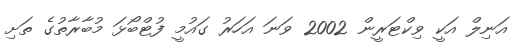
އަނިލް އަކީ ވިކްޓަރީން 2002 ވަނަ އަހަރު ގައުމީ ފުޓްބޯޅަ މުބާރާތުގެ ތަށި